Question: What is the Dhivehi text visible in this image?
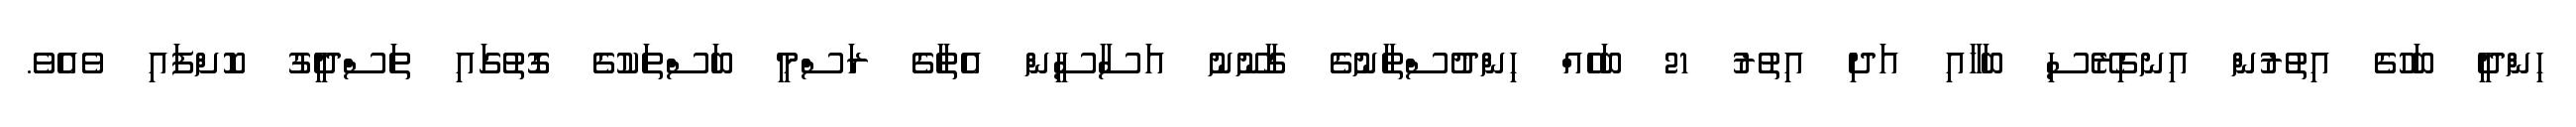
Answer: ހިންދީ ބަހުގެ އިތުރުން އިނގިރޭސި ބަހާއި އަދި އިތުރު 21 ބަހެއް ހިންދުސްތާނުގެ ގާނޫނު އަސާސީން އެތާގެ ރަސްމީ ބަސްތަކުގެ ގޮތުގައި ތަސްދީގު ކޮށްފައި ވެއެވެ.